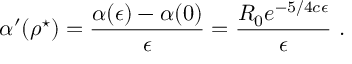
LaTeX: \alpha ^ { \prime } ( \rho ^ { \star } ) = \frac { \alpha ( \epsilon ) - \alpha ( 0 ) } { \epsilon } = \frac { R _ { 0 } e ^ { - 5 / 4 c \epsilon } } { \epsilon } \ .